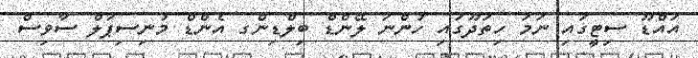
އައްޑޫ ސިޓީގައި ނަމަ ހިތަދޫގައި ހުންނަ ލޭންޑް ބިލްޑިންގ އެންޑް މުނިސިޕަލް ސާވިސް